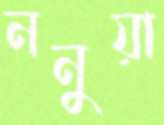
ননুয়া